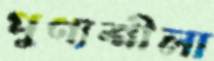
পুণ্যশীলা